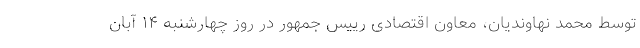
توسط محمد نهاوندیان، معاون اقتصادی رییس جمهور در روز چهارشنبه ۱۴ آبان